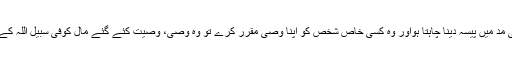
جیسےایک شخص اپنے ثلث المال میں سے کسی خاص مصرف مثلاً فی سبیل اللہ کی مد میں پیسہ دینا چاہتا ہواور وہ کسی خاص شخص کو اپنا وصی مقرر کرے تو وہ وصی، وصیت کئے گئے مال کوفی سبیل اللہ کے مصارف میں سے کسی بھی مناسب مصرف میں خرچ کرنے کا اختیار رکھتا ہے۔